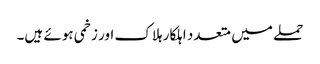
حملے میں متعدد اہلکار ہلاک اور زخمی ہوئے ہیں۔